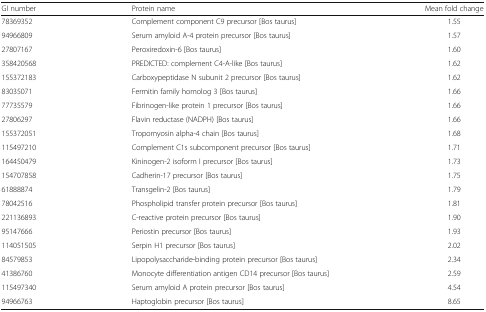
<table><thead><tr><td><b>GI number</b></td><td><b>Protein name</b></td><td><b>Mean fold change</b></td></tr></thead><tbody><tr><td>78369352</td><td>Complement component C9 precursor [Bos taurus]</td><td>1.55</td></tr><tr><td>94966809</td><td>Serum amyloid A-4 protein precursor [Bos taurus]</td><td>1.57</td></tr><tr><td>27807167</td><td>Peroxiredoxin-6 [Bos taurus]</td><td>1.60</td></tr><tr><td>358420568</td><td>PREDICTED: complement C4-A-like [Bos taurus]</td><td>1.62</td></tr><tr><td>155372183</td><td>Carboxypeptidase N subunit 2 precursor [Bos taurus]</td><td>1.62</td></tr><tr><td>83035071</td><td>Fermitin family homolog 3 [Bos taurus]</td><td>1.66</td></tr><tr><td>77735579</td><td>Fibrinogen-like protein 1 precursor [Bos taurus]</td><td>1.66</td></tr><tr><td>27806297</td><td>Flavin reductase (NADPH) [Bos taurus]</td><td>1.66</td></tr><tr><td>155372051</td><td>Tropomyosin alpha-4 chain [Bos taurus]</td><td>1.68</td></tr><tr><td>115497210</td><td>Complement C1s subcomponent precursor [Bos taurus]</td><td>1.71</td></tr><tr><td>164450479</td><td>Kininogen-2 isoform I precursor [Bos taurus]</td><td>1.73</td></tr><tr><td>154707858</td><td>Cadherin-17 precursor [Bos taurus]</td><td>1.75</td></tr><tr><td>61888874</td><td>Transgelin-2 [Bos taurus]</td><td>1.79</td></tr><tr><td>78042516</td><td>Phospholipid transfer protein precursor [Bos taurus]</td><td>1.81</td></tr><tr><td>221136893</td><td>C-reactive protein precursor [Bos taurus]</td><td>1.90</td></tr><tr><td>95147666</td><td>Periostin precursor [Bos taurus]</td><td>1.93</td></tr><tr><td>114051505</td><td>Serpin H1 precursor [Bos taurus]</td><td>2.02</td></tr><tr><td>84579853</td><td>Lipopolysaccharide-binding protein precursor [Bos taurus]</td><td>2.34</td></tr><tr><td>41386760</td><td>Monocyte differentiation antigen CD14 precursor [Bos taurus]</td><td>2.59</td></tr><tr><td>115497340</td><td>Serum amyloid A protein precursor [Bos taurus]</td><td>4.54</td></tr><tr><td>94966763</td><td>Haptoglobin precursor [Bos taurus]</td><td>8.65</td></tr></tbody></table>